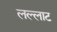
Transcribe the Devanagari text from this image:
लल्लाट